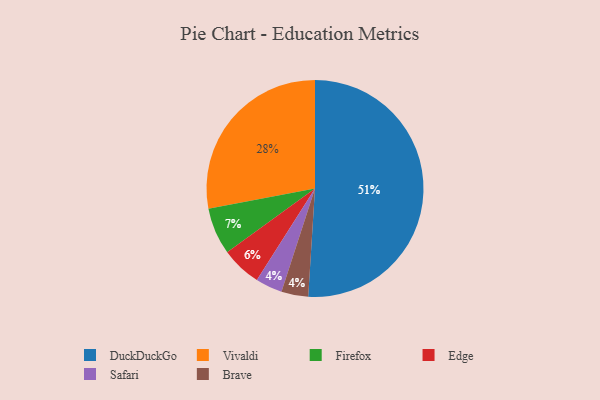
{"axis": {"x": "Category", "y": "Percentage"}, "legend": ["Brave", "DuckDuckGo", "Edge", "Firefox", "Safari", "Vivaldi"], "data": [{"x": "Safari", "y": 4, "type": "Safari"}, {"x": "Edge", "y": 6, "type": "Edge"}, {"x": "Vivaldi", "y": 28, "type": "Vivaldi"}, {"x": "Brave", "y": 4, "type": "Brave"}, {"x": "Firefox", "y": 7, "type": "Firefox"}, {"x": "DuckDuckGo", "y": 51, "type": "DuckDuckGo"}]}